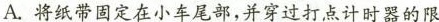
A.将纸带固定在小车尾部，并穿过打点计时器的限